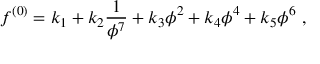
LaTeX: f ^ { ( 0 ) } = k _ { 1 } + k _ { 2 } \frac { 1 } { \phi ^ { 7 } } + k _ { 3 } \phi ^ { 2 } + k _ { 4 } \phi ^ { 4 } + k _ { 5 } \phi ^ { 6 } ~ ,